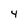
Character: 4